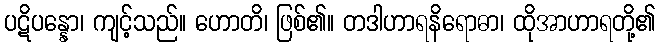
ပဋိပန္နော၊ ကျင့်သည်။ ဟောတိ၊ ဖြစ်၏။ တဒါဟာရနိရောဓာ၊ ထိုအာဟာရတို့၏